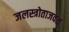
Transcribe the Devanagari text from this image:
जलस्त्रोताजवळ